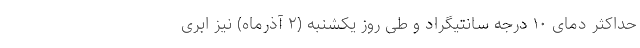
حداکثر دمای ۱۰ درجه سانتیگراد و طی روز یکشنبه (۲ آذرماه) نیز ابری